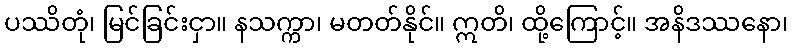
ပဿိတုံ၊ မြင်ခြင်းငှာ။ နသက္ကာ၊ မတတ်နိုင်။ ဣတိ၊ ထို့ကြောင့်။ အနိဒဿနော၊